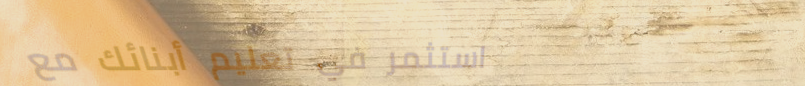
استثمر في تعليم أبنائك مع